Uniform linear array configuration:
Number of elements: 16
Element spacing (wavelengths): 0.75
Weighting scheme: kaiser
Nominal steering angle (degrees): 15
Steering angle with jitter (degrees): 16.89
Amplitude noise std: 0.05
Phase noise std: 0.05

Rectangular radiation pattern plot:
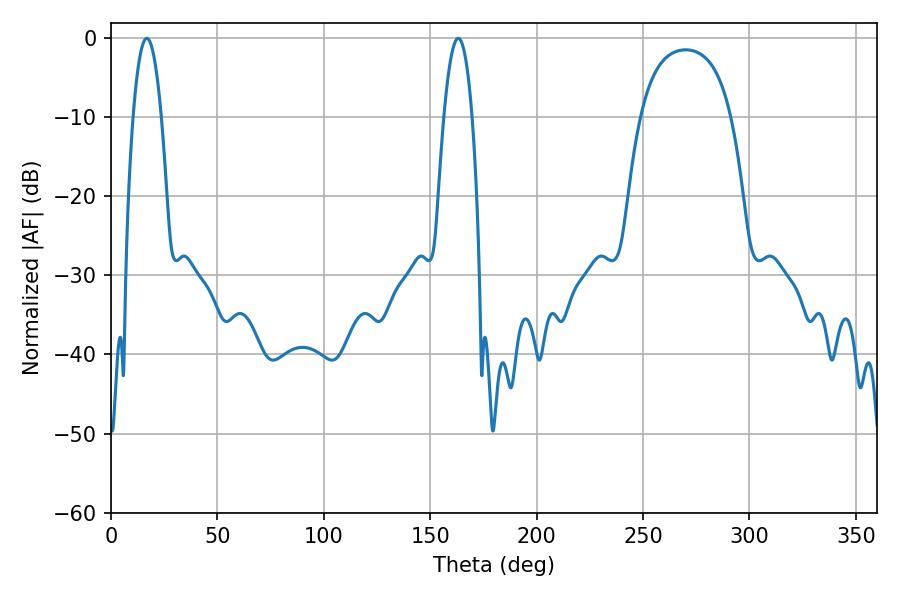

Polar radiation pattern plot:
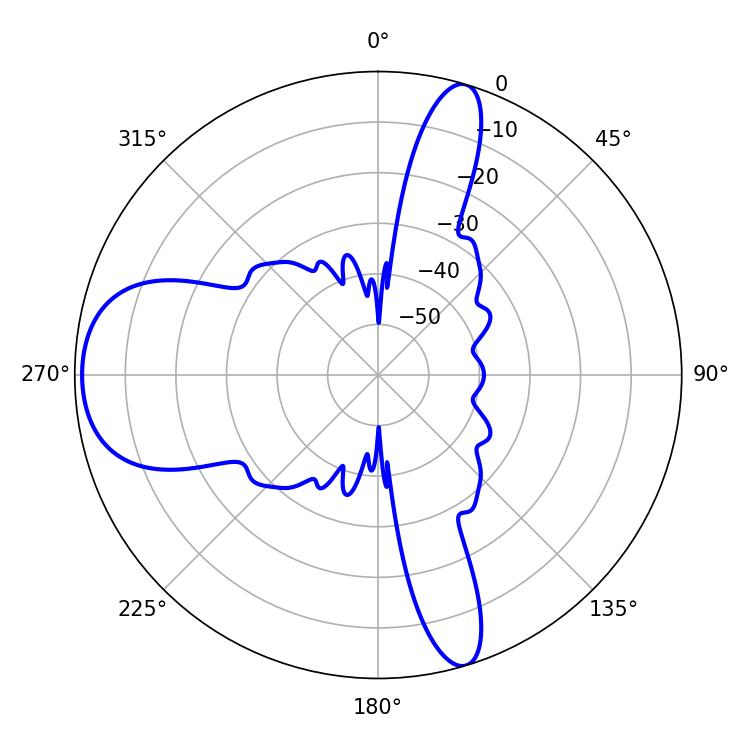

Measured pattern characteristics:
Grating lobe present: TRUE
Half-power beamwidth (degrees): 7.38
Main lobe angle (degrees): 16.74